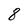
Character: 8